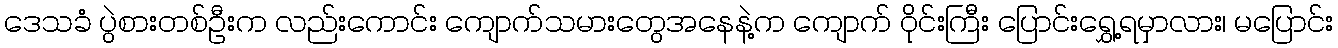
ဒေသခံ ပွဲစားတစ်ဦးက လည်းကောင်း ကျောက်သမားတွေအနေနဲ့က ကျောက် ဝိုင်းကြီး ပြောင်းရွှေ့ရမှာလား၊ မပြောင်း